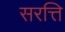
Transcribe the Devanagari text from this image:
सरत्ति